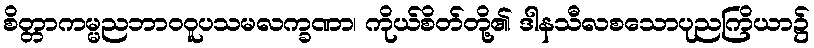
စိတ္တာကမ္မညဘာဝဝူပသမလက္ခဏာ၊ ကိုယ်စိတ်တို့၏ ဒါနသီလစသောပုညကြိယာ၌